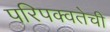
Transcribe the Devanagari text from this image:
परिपक्वतेची